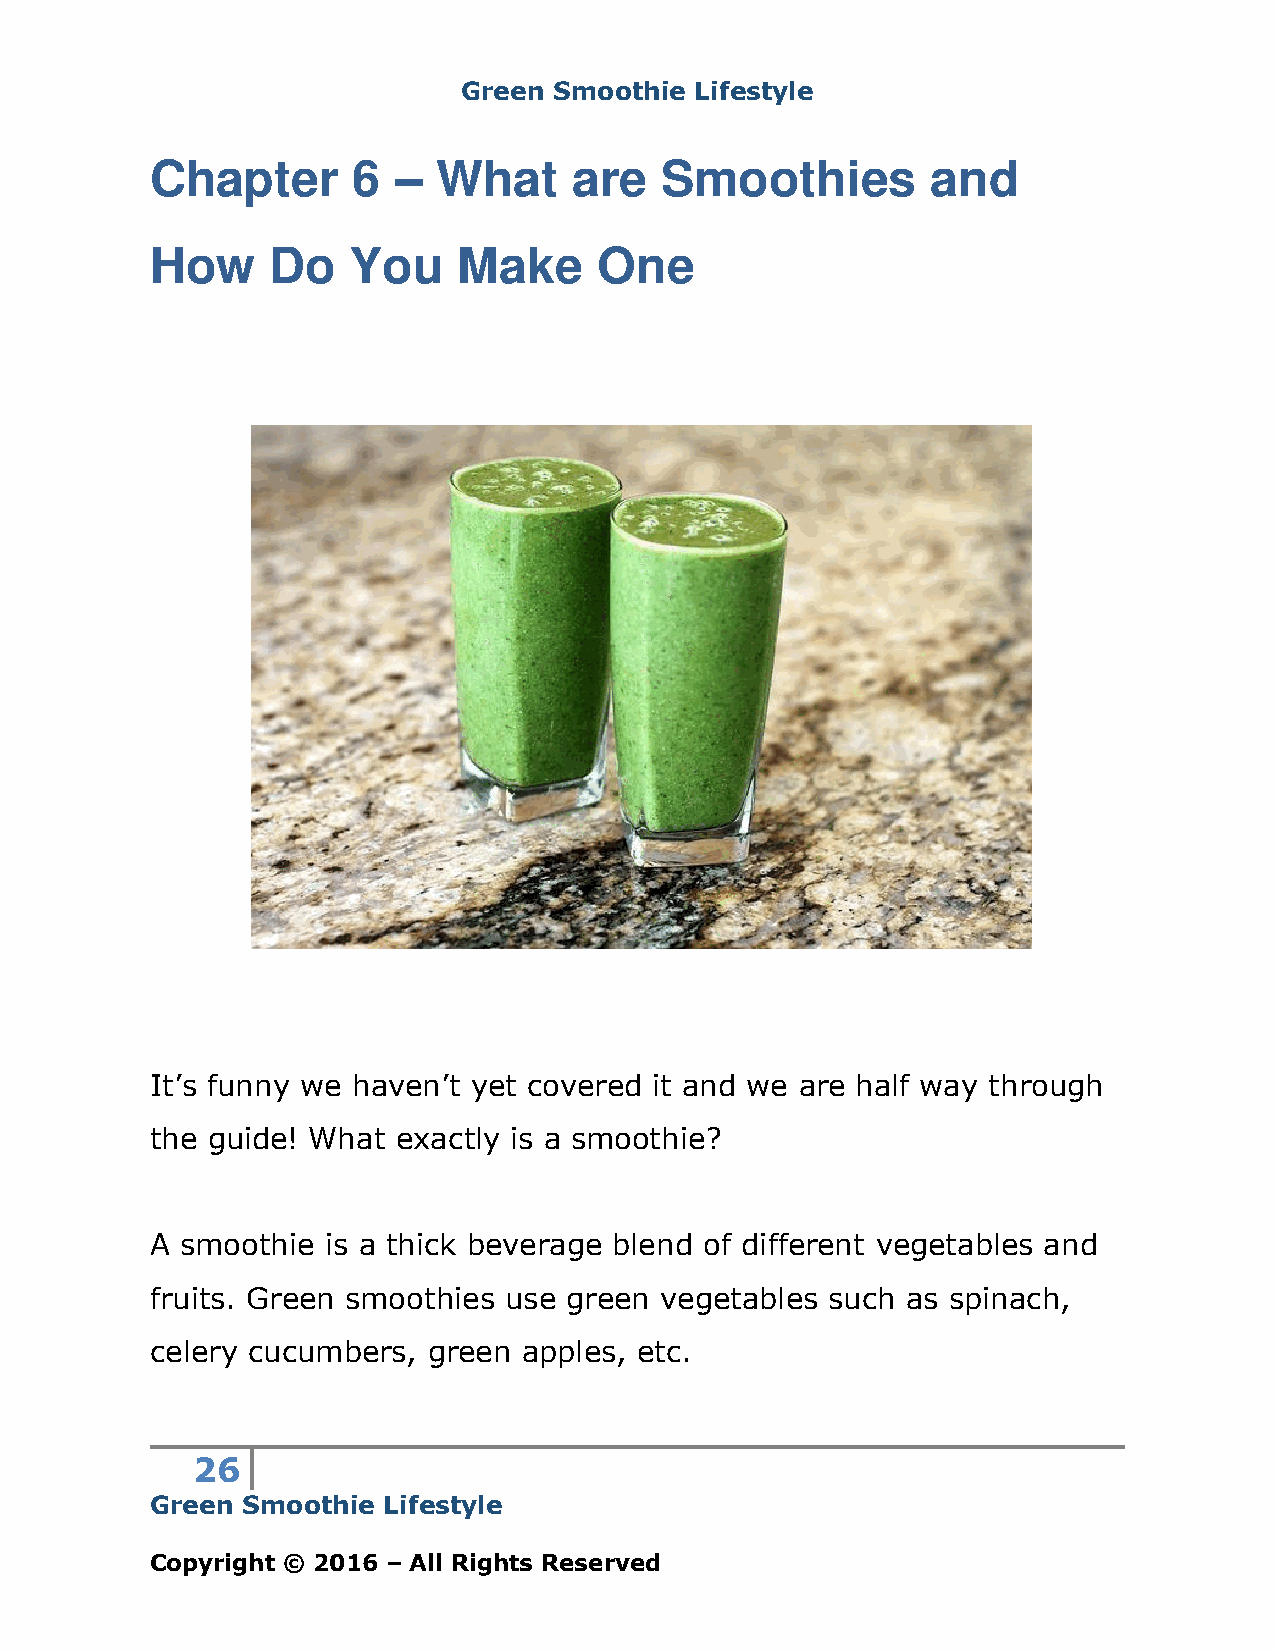
Green Smoothie Lifestyle
 Chapter      6     What     are   Smoothies         and
 –
 How     Do   You    Make      One
 It’s funny we haven’t yet covered it and we are half way through
 the guide! What exactly is a smoothie?
 A smoothie  is a thick beverage blend of different vegetables and
 fruits. Green smoothies use green vegetables such as spinach,
 celery cucumbers, green  apples, etc.
 26
 Green Smoothie Lifestyle
 Copyright © 2016 – All Rights Reserved